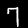
Digit: 7